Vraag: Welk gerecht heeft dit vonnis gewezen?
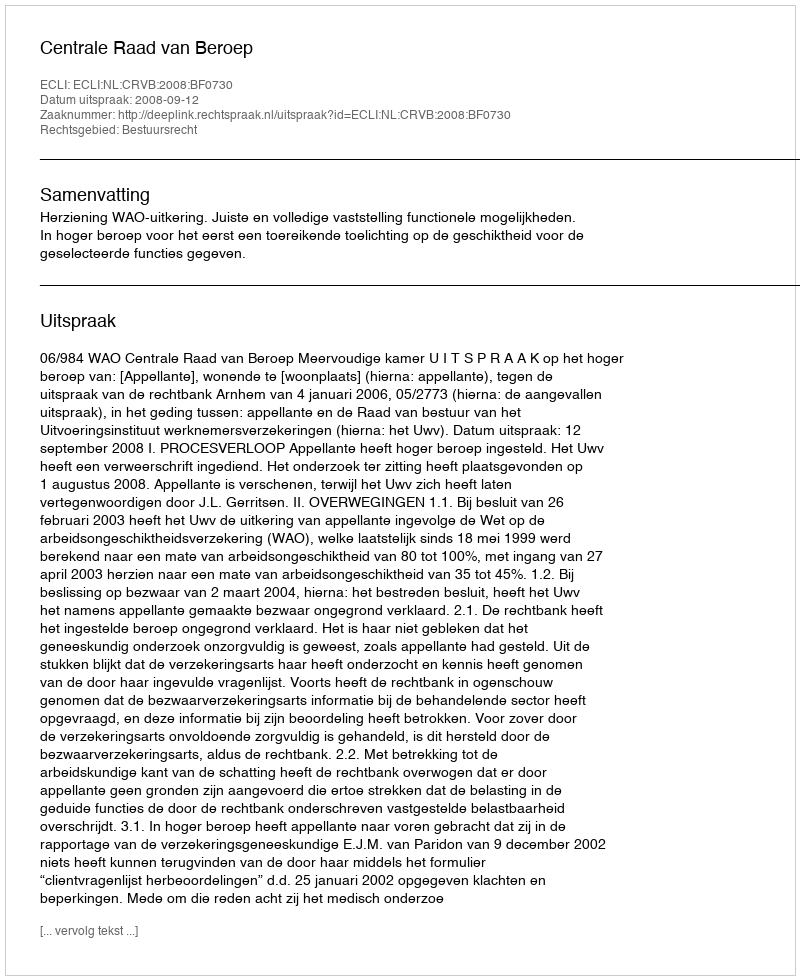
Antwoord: Centrale Raad van Beroep